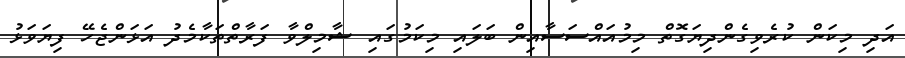
އަދި މިކަން ކުރެވިގެންދިޔަގޮތް މިމުއައްސަސާއިން ބަލައި މިކަމުގައި ޝާމިލްވާ ފަރާތްތަކާމެދު އަޅަންޖެހޭ ފިޔަވަޅު